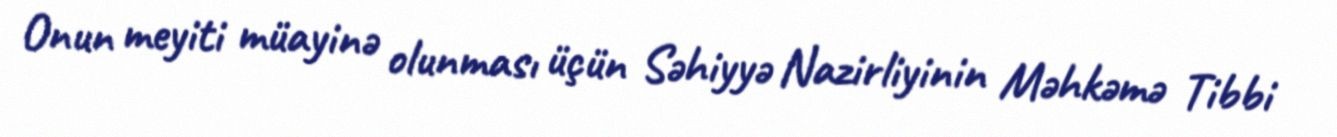
Onun meyiti müayinə olunması üçün Səhiyyə Nazirliyinin Məhkəmə Tibbi